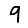
Digit: 9